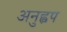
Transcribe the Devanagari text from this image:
अनुह्वप